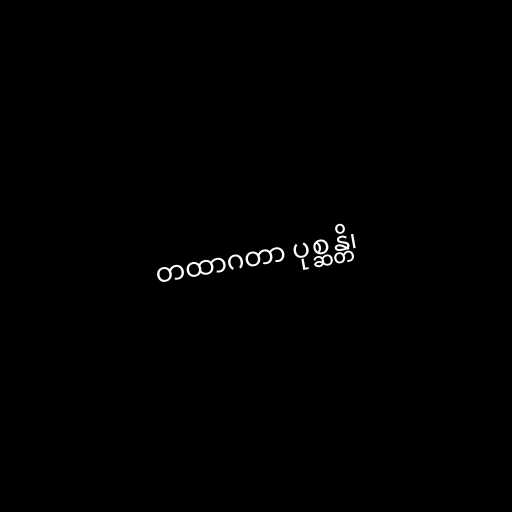
တထာဂတာ ပုစ္ဆန္တိ၊